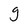
Character: g